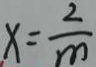
x = \frac { 2 } { m }